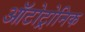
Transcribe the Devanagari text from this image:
ऑटोट्रोनिक